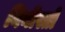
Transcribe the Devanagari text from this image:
निनीस्तो